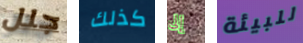
جلل كذلك إلى للبيئة